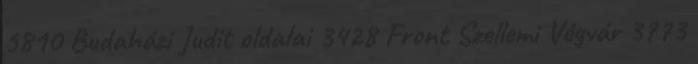
5810 Budaházi Judit oldalai 3428 Front Szellemi Végvár 3773